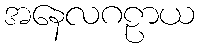
အနေလဂဠာယ